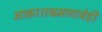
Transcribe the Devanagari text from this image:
आकाशभ्रमणाचेही